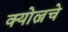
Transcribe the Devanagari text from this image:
क्योल्नचे